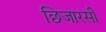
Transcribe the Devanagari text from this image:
छिजारसी